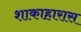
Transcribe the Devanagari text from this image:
शाकाहारास